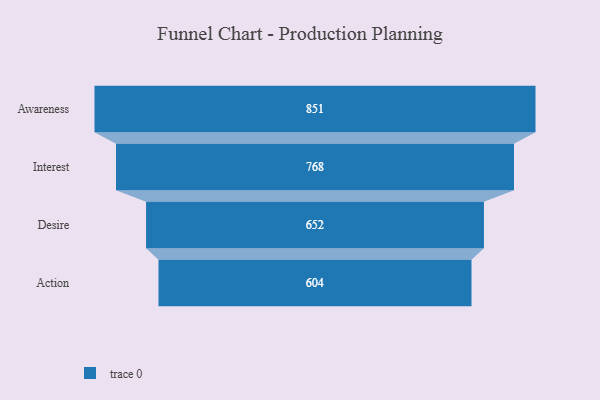
{"axis": {"x": "Stage", "y": "Value"}, "legend": [""], "data": [{"x": "Awareness", "y": 851.0, "type": ""}, {"x": "Interest", "y": 768.0, "type": ""}, {"x": "Desire", "y": 652.0, "type": ""}, {"x": "Action", "y": 604.0, "type": ""}]}